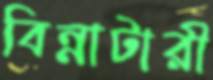
বিন্নাটারী